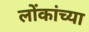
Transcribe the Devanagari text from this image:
लोंकांच्या